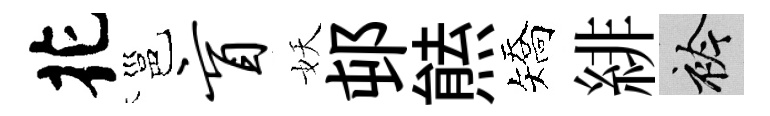
花邕盲妖邨㷱矯緋衿